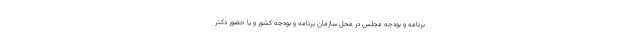
برنامه و بودجه مجلس در محل سازمان برنامه و بودجه کشور و با حضور دکتر